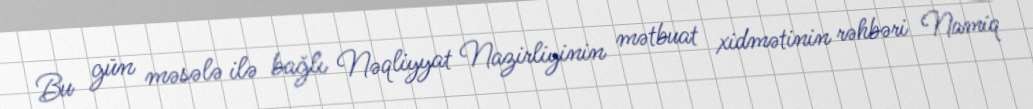
Bu gün məsələ ilə bağlı Nəqliyyat Nazirliyinin mətbuat xidmətinin rəhbəri Namiq